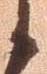
候